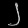
Digit: ၂